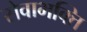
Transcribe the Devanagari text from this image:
सेवाभक्ति